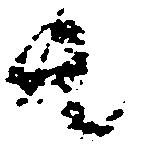
共